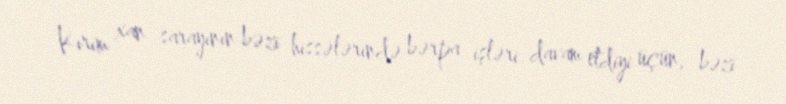
Kırım xan sarayının bəzi hissələrində bərpa işləri davam etdiyi üçün, bəzi